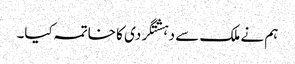
ہم نے ملک سے دہشتگردی کا خاتمہ کیا۔